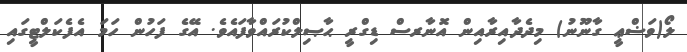
ލޯ(ވަޟްޢީ ގާނޫނު) މިދެދާއިރާއިން އޮނާރސް ޑިގްރީ ޙާޞިލްކުރައްވާފައެވެ. އޭގެ ފަހުން ހަމަ އެފެކަލްޓީގައި